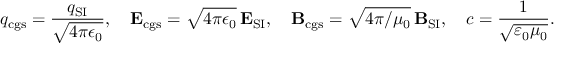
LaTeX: q _ { \mathrm { c g s } } = { \frac { q _ { \mathrm { S I } } } { \sqrt { 4 \pi \epsilon _ { 0 } } } } , \quad \mathbf { E } _ { \mathrm { c g s } } = { \sqrt { 4 \pi \epsilon _ { 0 } } } \, \mathbf { E } _ { \mathrm { S I } } , \quad \mathbf { B } _ { \mathrm { c g s } } = { \sqrt { 4 \pi / \mu _ { 0 } } } \, { \mathbf { B } _ { \mathrm { S I } } } , \quad c = { \frac { 1 } { \sqrt { \varepsilon _ { 0 } \mu _ { 0 } } } } .